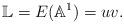
LaTeX: \begin{align*}\mathbb L= E(\mathbb A^1)=uv.\end{align*}